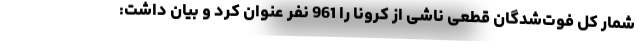
شمار کل فوت‌شدگان قطعی ناشی از کرونا را 961 نفر عنوان کرد و بیان داشت: